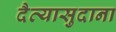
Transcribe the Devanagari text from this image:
दैत्‍यासुदाना